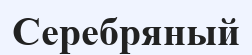
Серебряный